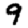
Digit: 9